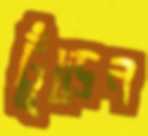
ঢুঁড়েন